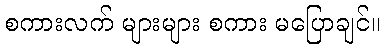
စကားလက် များများ စကား မပြောချင်။